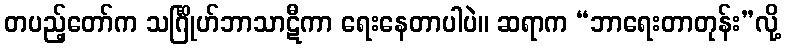
တပည့်တော်က သင်္ဂြိုဟ်ဘာသာဋီကာ ရေးနေတာပါပဲ။ ဆရာက “ဘာရေးတာတုန်း”လို့